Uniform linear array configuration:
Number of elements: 12
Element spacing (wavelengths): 0.75
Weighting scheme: blackman
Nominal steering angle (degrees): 15
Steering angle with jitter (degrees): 16.062
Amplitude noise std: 0.05
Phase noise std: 0.05

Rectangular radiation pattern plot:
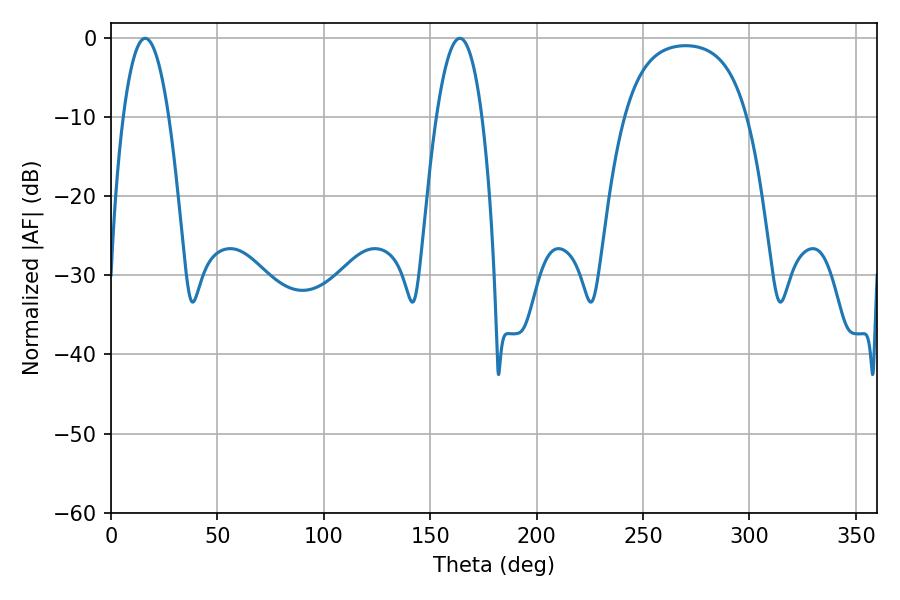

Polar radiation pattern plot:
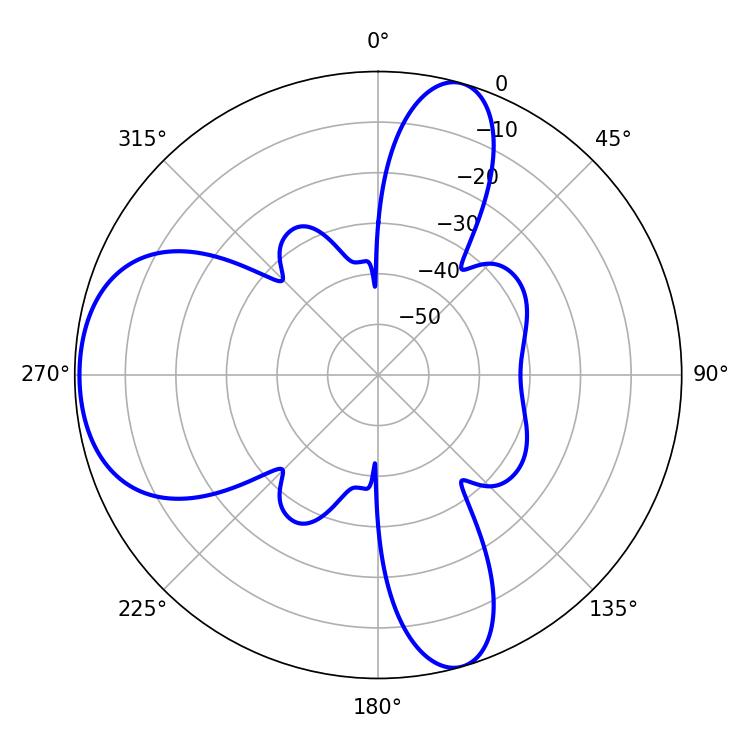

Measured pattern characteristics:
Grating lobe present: TRUE
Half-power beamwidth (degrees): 11.88
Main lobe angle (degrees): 16.02